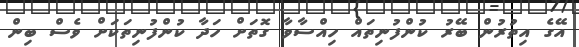
އޭގެ އިތުރުން ބޭރު ކުންފުނިތައް ހިއްސާވާ ގޮތަށް ހަދާ ކުންފުނިތަކަށް ވެސް ބިން